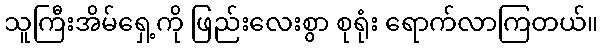
သူကြီးအိမ်ရှေ့ကို ဖြည်းလေးစွာ စုရုံး ရောက်လာကြတယ်။